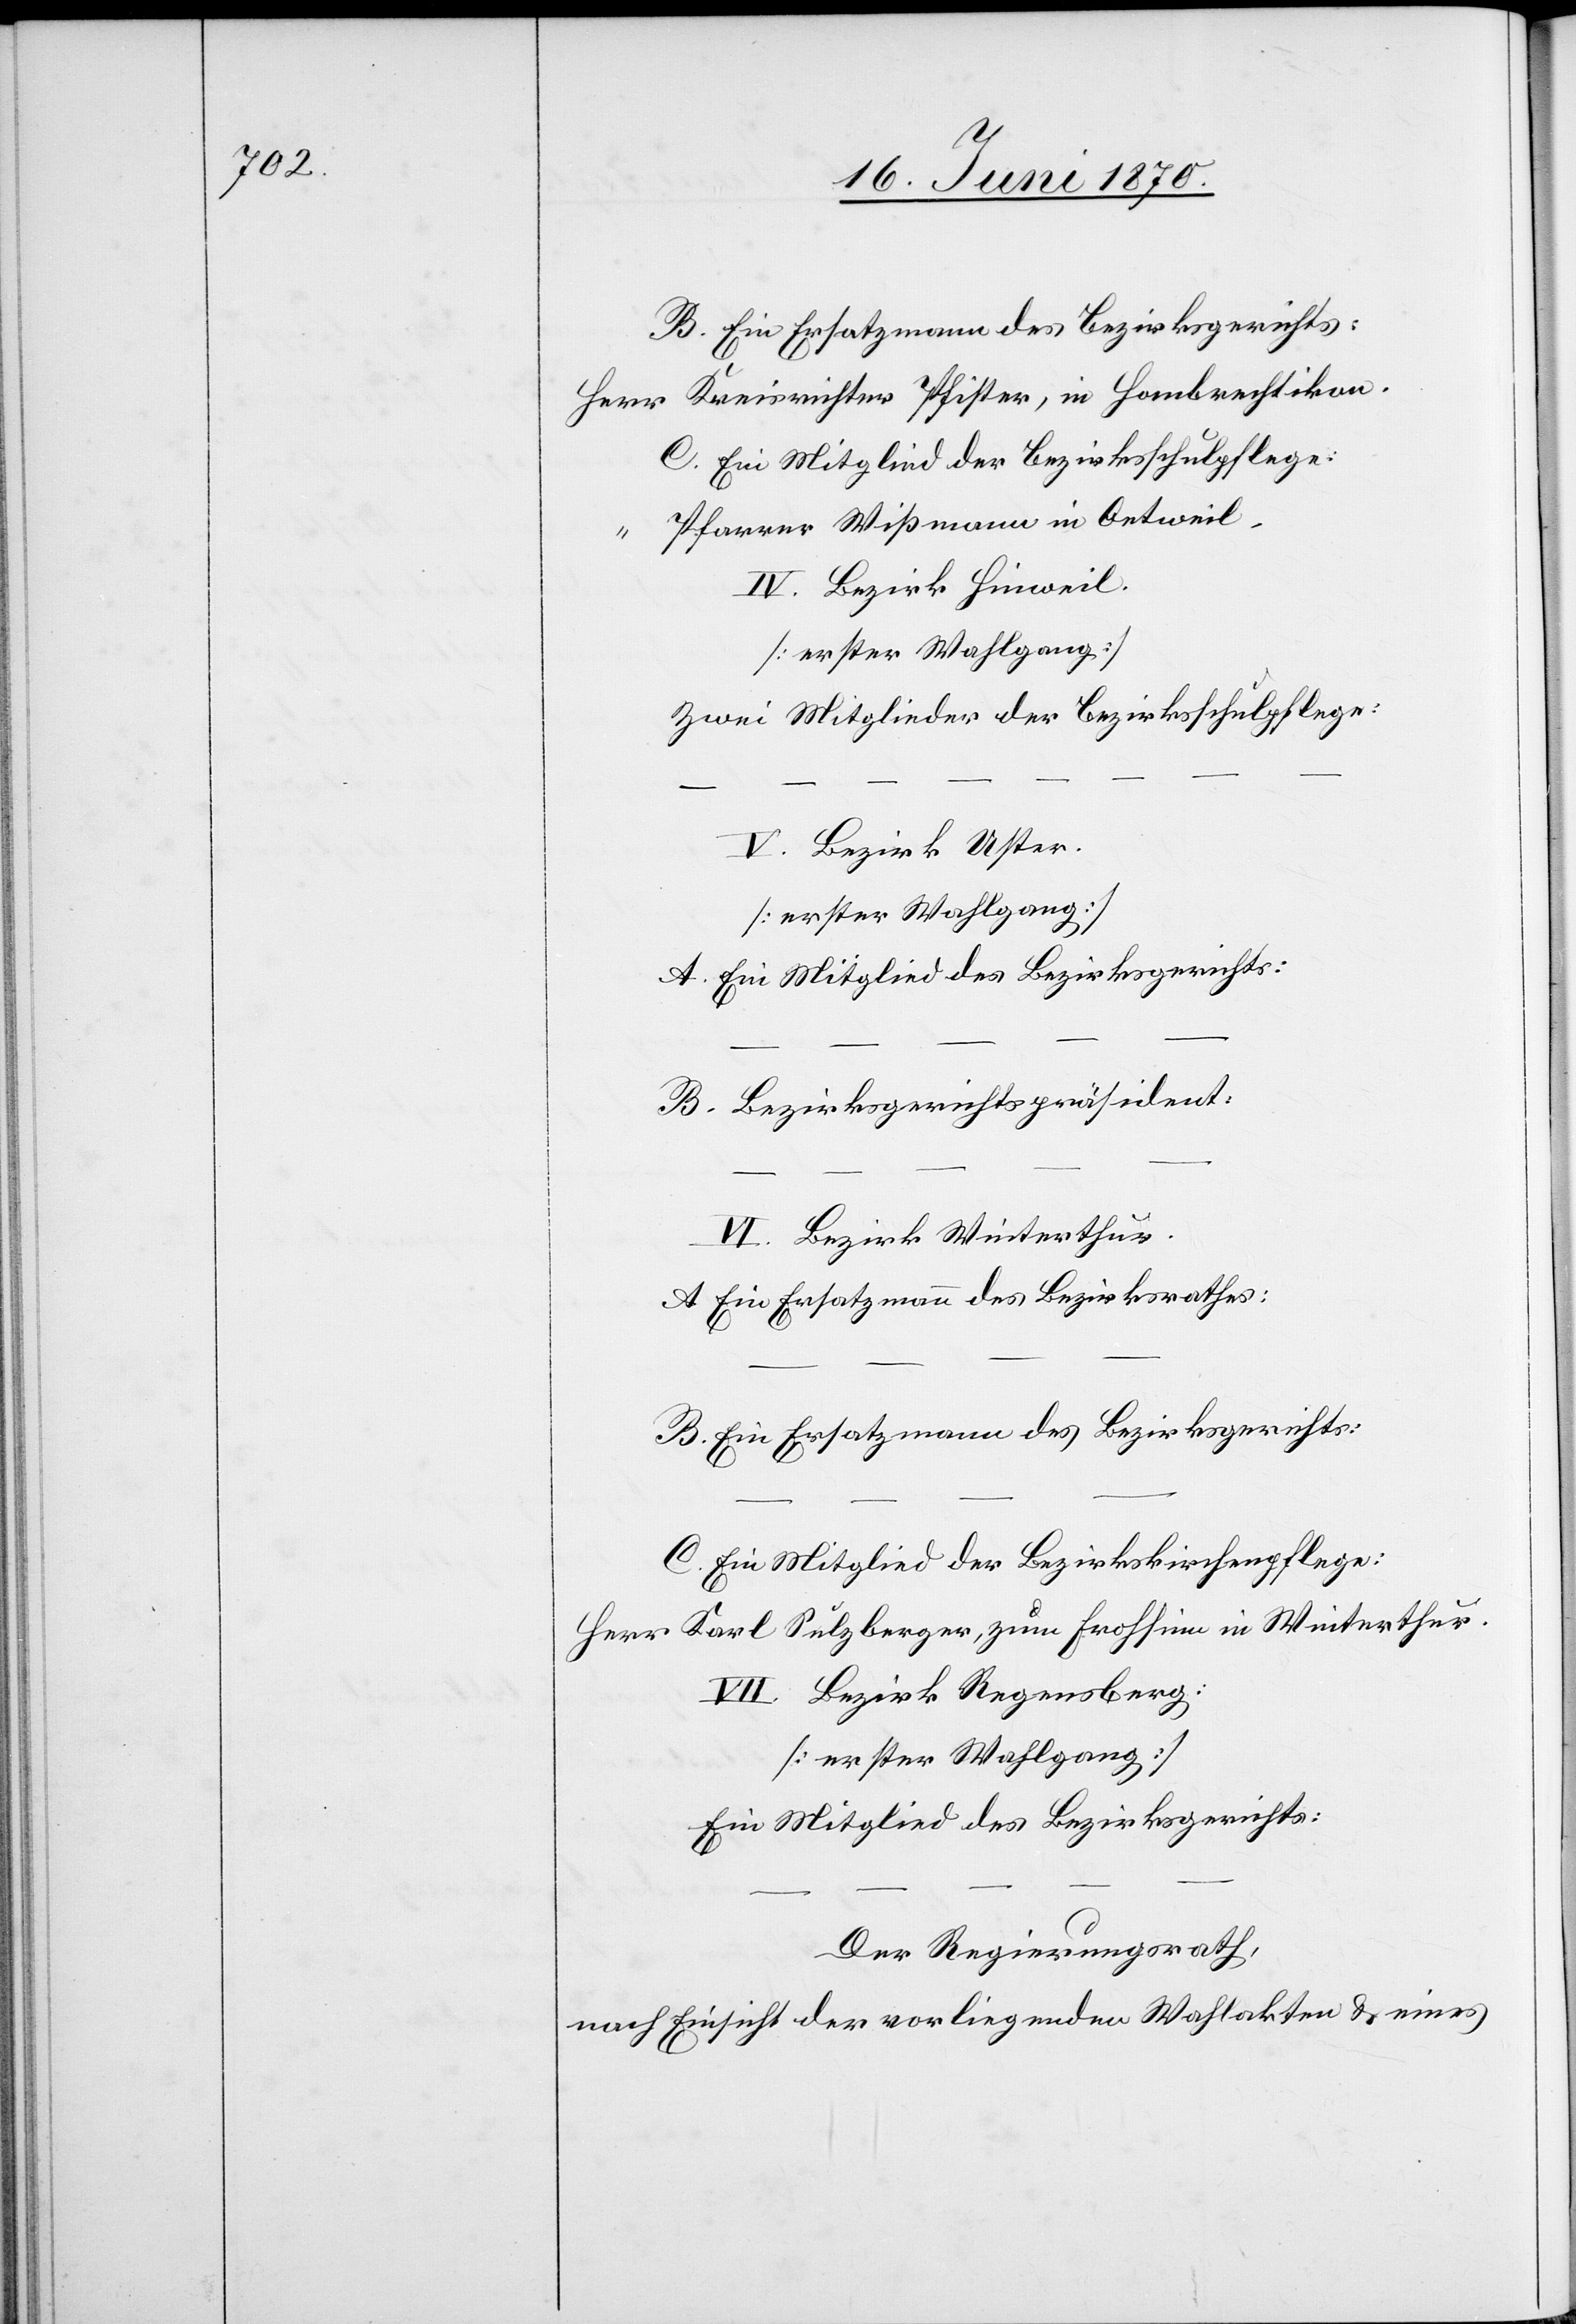
Herr Kreisrichter Pfister, in Hombrechtikon.
C. Ein Mitglied der Bezirksschulpflege:
“ Pfarrer Wißmann in Oetweil.
IV. Bezirk Hinweil.
[erster Wahlgang]
Zwei Mitglieder der Bezirksschulpflege:
V. Bezirk Uster.
[erster Wahlgang]
A. Ein Mitglied des Bezirksgerichts:
B. Bezirksgerichtspräsident:
VI. Bezirk Winterthur.
A. Ein Ersatzmann des Bezirksrathes:
B. Ein Ersatzmann des Bezirksgerichts:
C. Ein Mitglied der Bezirkskirchenpflege:
Herr Karl Sulzberger, zum Frohsinn in Winterthur.
VII. Bezirk Regensberg:
[erster Wahlgang:]
Ein Mitglied des Bezirksgerichts:
Der Regierungsrath,
nach Einsicht der vorliegenden Wahlakten & eines